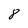
Character: 8